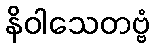
နိဝါသေတဗ္ဗံ